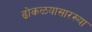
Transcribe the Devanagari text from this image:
ढोकळयासारख्या